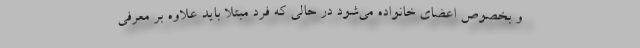
و بخصوص اعضای خانواده می‌شود در حالی که فرد مبتلا باید علاوه بر معرفی